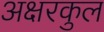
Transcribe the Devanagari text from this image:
अक्षरकुल